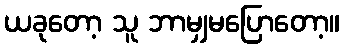
ယခုတော့ သူ ဘာမျှမပြောတော့။